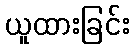
ယူထားခြင်း